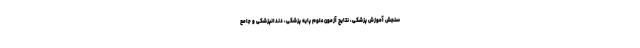
سنجش آموزش پزشکی، نتایج آزمون علوم پایه پزشکی، دندانپزشکی و جامع